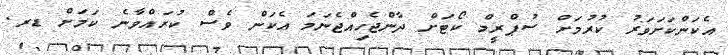
އެކަންކަށަވަރު ކުރުމަށް ސުޕްރީމް ކޯޓަށް ދާންޖެހިއްޖެނަމަ އެކަން ވެސް ކުރައްވާނެ ކަމަށް ޑރ.